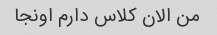
من الان کلاس دارم اونجا